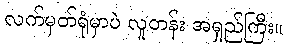
လက်မှတ်ရုံမှာပဲ လူတန်း အရှည်ကြီး။